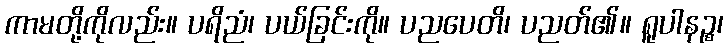
ကာမတို့ကိုလည်း။ ပရိညံ၊ ပယ်ခြင်းကို။ ပညပေတိ၊ ပညတ်၏။ ရူပါနဉ္စ၊